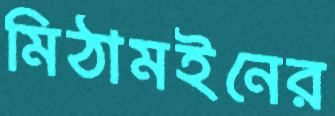
মিঠামইনের